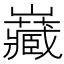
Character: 𭗶